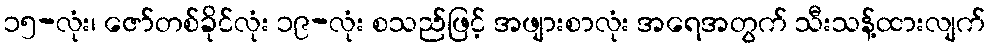
၁၅-လုံး၊ ဇော်တစ်ခိုင်လုံး ၁၉-လုံး စသည်ဖြင့် အဖျားစာလုံး အရေအတွက် သီးသန့်ထားလျက်